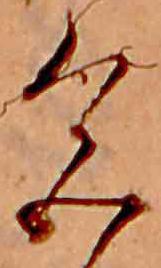
色